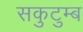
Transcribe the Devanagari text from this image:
सकुटुम्ब